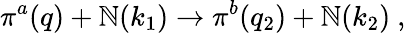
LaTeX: \pi^{a}(q)+\mathbb{N}(k_{1})\to\pi^{b}(q_{2})+\mathbb{N}(k_{2})~,